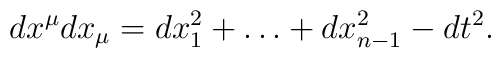
dx^\mu dx_\mu = dx_1^2 + \ldots + dx_{n-1}^2 - dt^2.